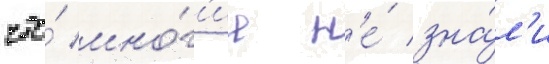
что́ мно́г'ие н'е́ зна́л'и